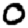
Digit: 0